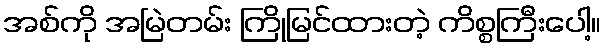
အစ်ကို အမြဲတမ်း ကြိုမြင်ထားတဲ့ ကိစ္စကြီးပေါ့။